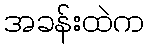
အခန်းထဲက